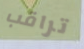
تراقب